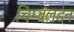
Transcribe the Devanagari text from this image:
चिम्बलडन